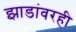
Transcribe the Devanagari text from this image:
झाडांवरही